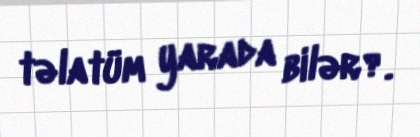
təlatüm yarada bilər?.